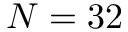
N = 3 2